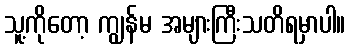
သူ့ကိုတော့ ကျွန်မ အများကြီးသတိရမှာပါ။